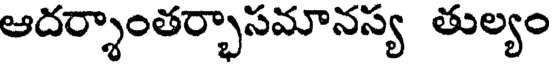
ఆదర్శాంతర్భాసమానస్య తుల్యం